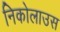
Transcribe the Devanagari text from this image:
निकोलाउस